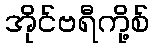
အိုင်ဗရီကို့စ်